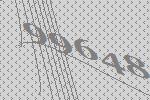
99648